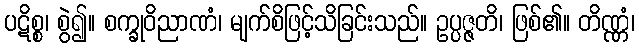
ပဋိစ္စ၊ စွဲ၍။ စက္ခုဝိညာဏံ၊ မျက်စိဖြင့်သိခြင်းသည်။ ဥပ္ပဇ္ဇတိ၊ ဖြစ်၏။ တိဏ္ဏံ၊